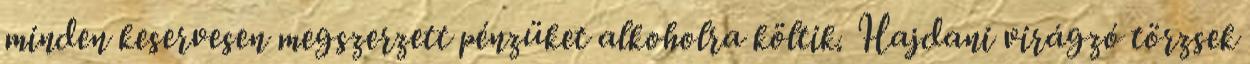
minden keservesen megszerzett pénzüket alkoholra költik. Hajdani virágzó törzsek